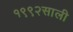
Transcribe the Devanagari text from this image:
१९९२साली